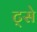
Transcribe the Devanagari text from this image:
ट्से